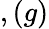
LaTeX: ,(g)